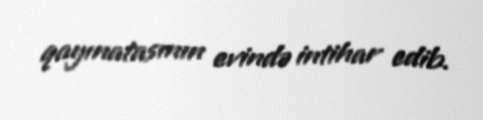
qayınatasının evində intihar edib.